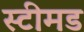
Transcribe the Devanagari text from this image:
स्टीमड